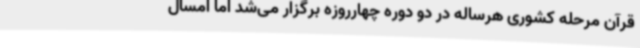
قرآن مرحله کشوری هرساله در دو دوره چهارروزه برگزار می‌شد اما امسال